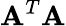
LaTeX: \mathbf{A}^{T}\mathbf{A}